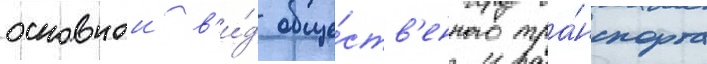
основнои в'и́д обще́ств'енного тра́нспорта